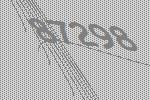
87298